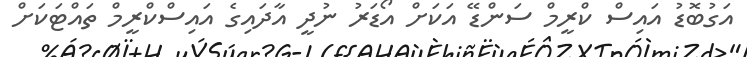
އަގުބޮޑު އައިސް ކްރީމް ސަންޑޭ އަކަށް އޯޑަރު ނުދީ އާދައިގެ އައިސްކްރީމް ތައްޓަކަށް